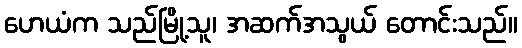
ဟေယံက သည်မြို့သူ၊ အဆက်အသွယ် တောင်းသည်။